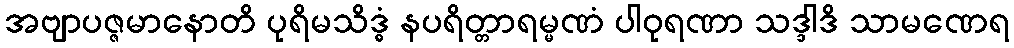
အဗျာပဇ္ဇမာနောတိ ပုရိမသိဒ္ဓံ နပရိတ္တာရမ္မဏံ ပါဝုရဏာ သဒ္ဒါဒိ သာမဏေရ